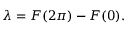
\lambda = F ( 2 \pi ) - F ( 0 ) .